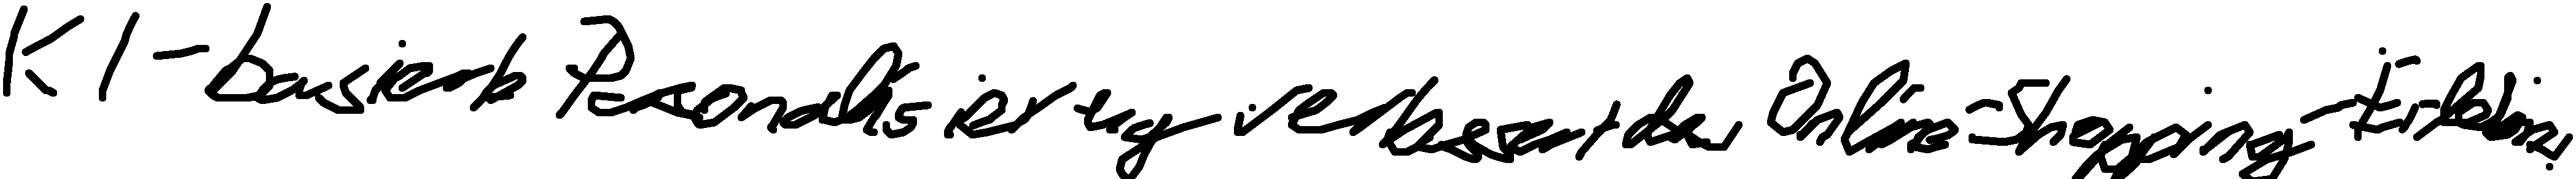
KI-basierte Personalisierung verbessert das Online-Shopping-Erlebnis.